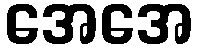
အေအေ